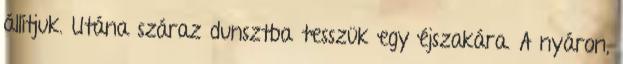
állítjuk. Utána száraz dunsztba tesszük egy éjszakára. A nyáron,